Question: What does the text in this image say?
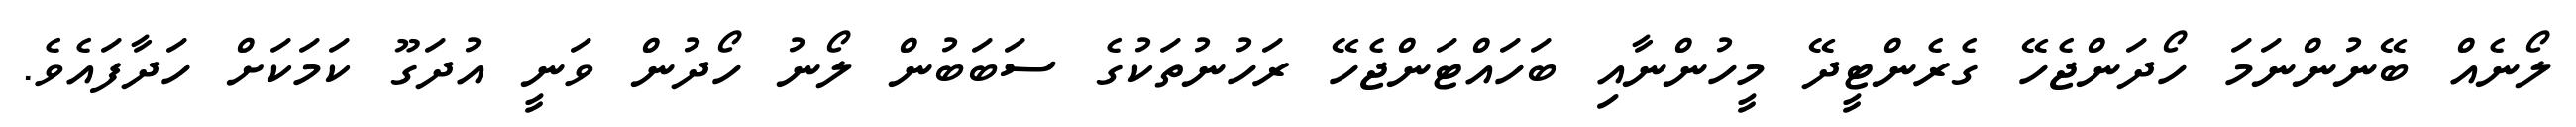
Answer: ލޯނެއް ބޭނުންނަމަ ހޯދަންޖެހޭ ގެރެންޓީދޭ މީހުންނާއި ބަހައްޓަންޖެހޭ ރަހުނުތަކުގެ ސަބަބުން ލޯނު ހޯދުން ވަނީ އުދަގޫ ކަމަކަށް ހަދާފައެވެ.